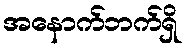
အနောက်ဘက်ရှိ